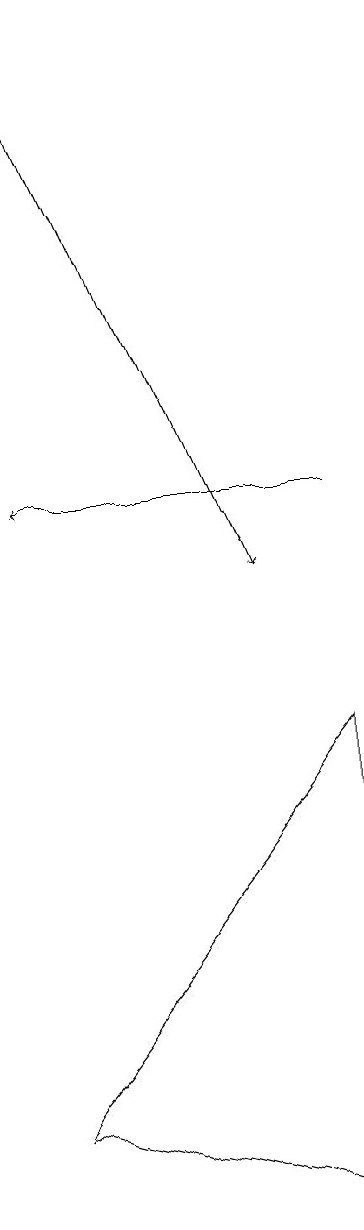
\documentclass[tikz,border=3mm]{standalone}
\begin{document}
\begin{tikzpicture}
\draw (8,8) -- (8,2) -- (4,3) -- cycle;
\draw[->] (4,17) -- (7,10);
\draw[->] (8,11) -- (4,11);
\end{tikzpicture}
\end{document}